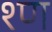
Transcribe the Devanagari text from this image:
श्ण